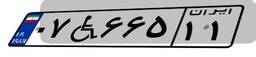
۰۷W۶۶۵۱۱